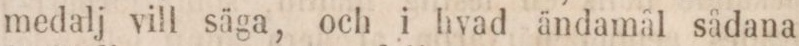
medalj vill säga, och i hvad ändamål sådana